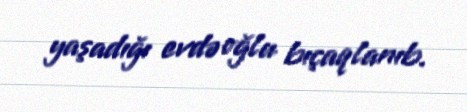
yaşadığı evdə oğlu bıçaqlanıb.